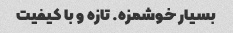
بسیار خوشمزه. تازه و با کیفیت